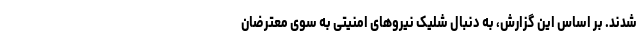
شدند. بر اساس این گزارش، به دنبال شلیک نیروهای امنیتی به سوی معترضان